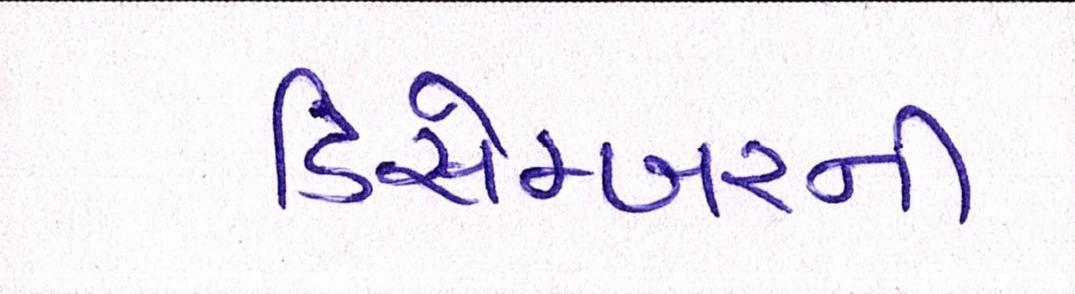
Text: ડિસેમ્બરની